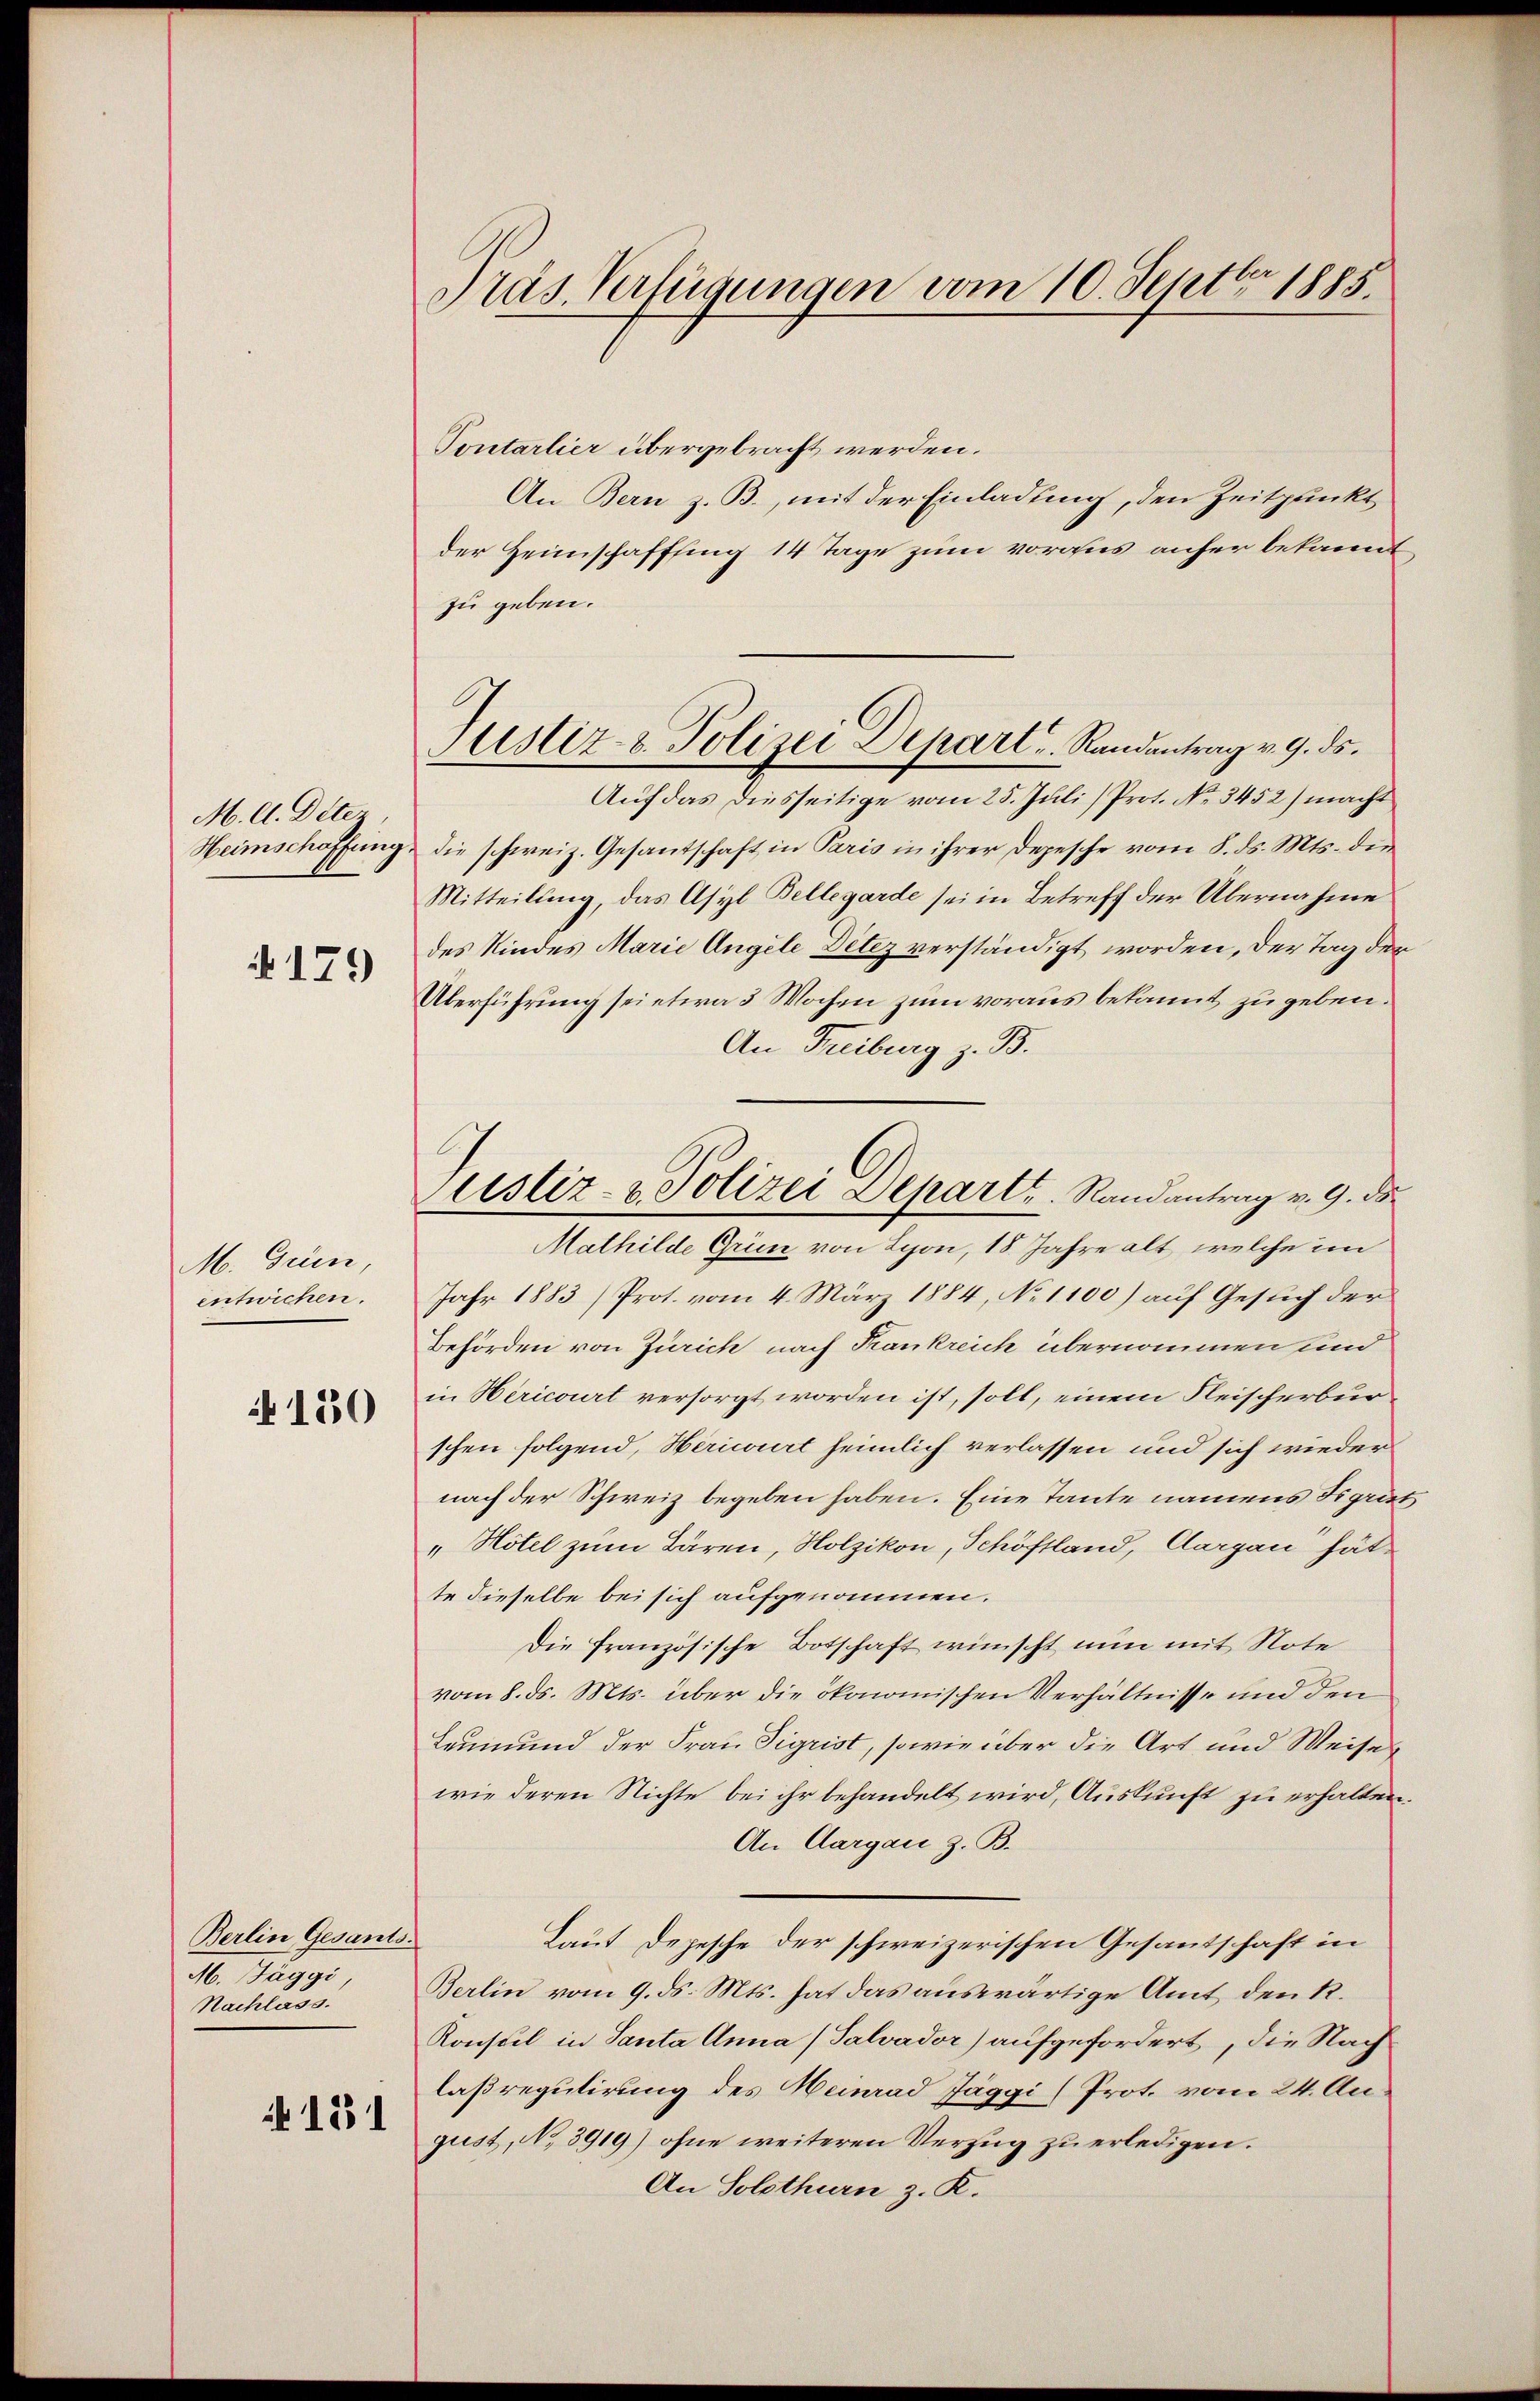
M. A. Detez,

No. 179

M. Grien,
entwicken.
130

Berlin Gesants.
M. Jäggi
Nachlass.

151

Präs. Verfügungen vom 10. Septbr. 1885.

Tontarlier übergebracht werden.
An Bern z. B., mit der Einladung, den Zeitpunkt
der Heimschaffung 14 Tage zum voraus anher bekannt
zu geben.
Auf das diesseitige vom 25. Juli (Prot. No 3452) macht
Heimschaffung die schweiz. Gesandtschaft in Paris in ihrer Depesche vom 8. ds. Mts. die
Mitteilung, das Asyl Bellegarde sei in Betreff der Übernahme
des Kindes Marie Angele Detez verständigt worden, der Tag der
Überführung sei etwa 3 Wochen zum voraus bekannt zu geben.
An Freiburg z. B.
Jahr 1883 / Prot. vom 4. März 1884, No 1100) auf Gesuch der
Behörden von Zürich nach Krankreich übernommen sind
in Hericourt versorgt worden ist, soll, einem Fleischerburschen folgend, Hericirt heimlich verlassen und sich wieder
nach der Schweiz begeben haben. Eine Tante namens Figrin
"Hotel zum Bären, Holzikon, Schöftland, Aargau hät
te dieselbe bei sich aufgenommen.
Die französische Botschaft wünscht nun mit Note
vom 8. ds. Mts. über die ökonomischen Verhältnisse und den
Leumund der Frau Sigrist, sowie über die Art und Weise
wie deren Nichte bei ihr behandelt wird, Auskunft zu erhalten.
An Aargau z. B.
Laut Depesche der schweizerischen Gesantschaft in
Berlin vom 9. ds. Mts. hat das auswärtige Amt, den R.
Konsul in Santa Anna (Salvador) aufgefordert, die Nach
laßregulirung des Heinrad Jäggi (Prot. vom 24. August, No 3919) ohne weiteren Verzug zu erledigen.
An Solothurn z. K.

Justiz- & Polizei Depart. Randantrag v. 9. ds.

Justiz- & Polizei Departe. Randantrag v. 9. ds
Mathilde Grün von Lyon, 18 Jahre alt, welche im